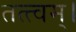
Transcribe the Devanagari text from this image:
तत्त्‍वम्।